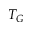
T _ { G }